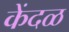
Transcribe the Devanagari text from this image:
केंदळ